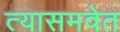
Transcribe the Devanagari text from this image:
त्यासमवेत